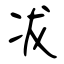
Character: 冹